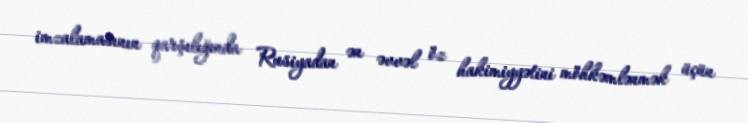
imzalamasının qarşılığında Rusiyadan ən əvvəl öz hakimiyyətini möhkəmlənmək üçün